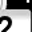
Digit: 2